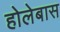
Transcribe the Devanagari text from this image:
होलेबास